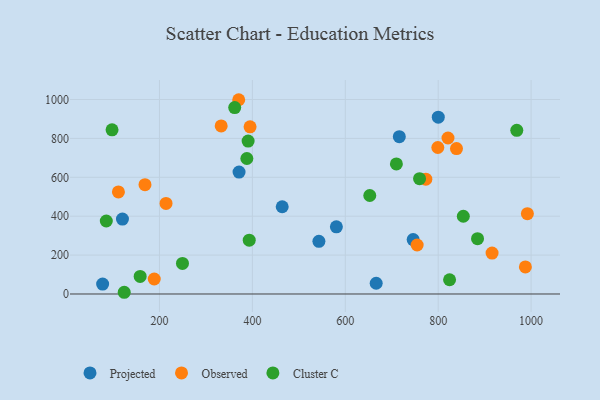
{"axis": {"x": "Ad Spend", "y": "Yield"}, "legend": ["Cluster C", "Observed", "Projected"], "data": [{"x": "666.5", "y": 55.2, "type": "Projected"}, {"x": "716.3", "y": 809.0, "type": "Projected"}, {"x": "800.2", "y": 909.2, "type": "Projected"}, {"x": "580.8", "y": 345.6, "type": "Projected"}, {"x": "464.2", "y": 448.6, "type": "Projected"}, {"x": "120.3", "y": 385.1, "type": "Projected"}, {"x": "746.1", "y": 279.8, "type": "Projected"}, {"x": "371.3", "y": 626.8, "type": "Projected"}, {"x": "543.2", "y": 271.0, "type": "Projected"}, {"x": "77.6", "y": 51.1, "type": "Projected"}, {"x": "916.0", "y": 210.3, "type": "Observed"}, {"x": "839.4", "y": 747.7, "type": "Observed"}, {"x": "188.7", "y": 77.1, "type": "Observed"}, {"x": "773.4", "y": 590.6, "type": "Observed"}, {"x": "395.0", "y": 859.6, "type": "Observed"}, {"x": "370.6", "y": 998.9, "type": "Observed"}, {"x": "821.1", "y": 802.2, "type": "Observed"}, {"x": "992.0", "y": 413.0, "type": "Observed"}, {"x": "754.7", "y": 251.8, "type": "Observed"}, {"x": "111.6", "y": 524.7, "type": "Observed"}, {"x": "332.8", "y": 864.4, "type": "Observed"}, {"x": "214.1", "y": 465.5, "type": "Observed"}, {"x": "987.7", "y": 139.1, "type": "Observed"}, {"x": "799.2", "y": 753.3, "type": "Observed"}, {"x": "168.8", "y": 562.1, "type": "Observed"}, {"x": "854.1", "y": 399.8, "type": "Cluster C"}, {"x": "710.0", "y": 668.9, "type": "Cluster C"}, {"x": "969.2", "y": 841.6, "type": "Cluster C"}, {"x": "249.5", "y": 157.0, "type": "Cluster C"}, {"x": "124.1", "y": 8.8, "type": "Cluster C"}, {"x": "390.8", "y": 786.2, "type": "Cluster C"}, {"x": "652.7", "y": 506.5, "type": "Cluster C"}, {"x": "759.9", "y": 592.8, "type": "Cluster C"}, {"x": "85.5", "y": 375.3, "type": "Cluster C"}, {"x": "824.5", "y": 73.2, "type": "Cluster C"}, {"x": "884.7", "y": 284.5, "type": "Cluster C"}, {"x": "393.2", "y": 276.6, "type": "Cluster C"}, {"x": "388.1", "y": 696.7, "type": "Cluster C"}, {"x": "361.9", "y": 958.3, "type": "Cluster C"}, {"x": "158.4", "y": 90.3, "type": "Cluster C"}, {"x": "97.9", "y": 844.0, "type": "Cluster C"}]}